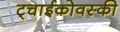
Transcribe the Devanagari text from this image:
ट्चाईकोवस्की